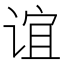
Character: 谊